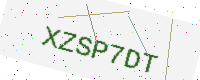
Text: XZSP7DT